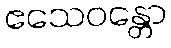
ဧသေဝန္တော